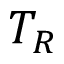
T _ { R }